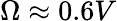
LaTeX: \Omega\approx 0.6V